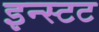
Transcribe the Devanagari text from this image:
इन्स्टट